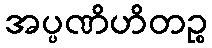
အပ္ပဏိဟိတဉ္စ